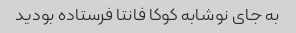
به جای نوشابه کوکا فانتا فرستاده بودید